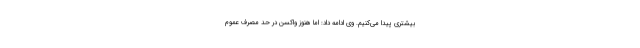
بیشتری پیدا می‌کنیم. وی ادامه داد: اما هنوز واکسن در حد مصرف عموم